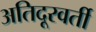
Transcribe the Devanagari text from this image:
अतिदूरवर्ती